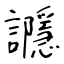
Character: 讔